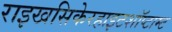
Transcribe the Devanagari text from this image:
राइखसिकेरहाइटशॉप्टाम्ट